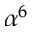
\alpha ^ { 6 }